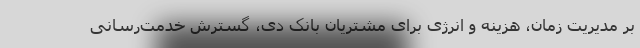
بر مدیریت زمان، هزینه و انرژی برای مشتریان بانک دی، گسترش خدمت‌رسانی